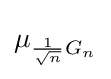
\displaystyle \mu _{{\frac {1}{\sqrt {n}}}G_{n}}